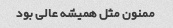
ممنون‌ مثل همیشه عالی بود